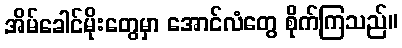
အိမ်ခေါင်မိုးတွေမှာ အောင်လံတွေ စိုက်ကြသည်။